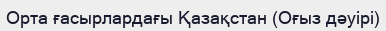
Орта ғасырлардағы Қазақстан (Оғыз дәуірі)